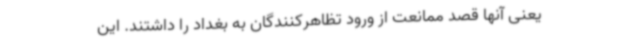
یعنی آنها قصد ممانعت از ورود تظاهرکنندگان به بغداد را داشتند. این